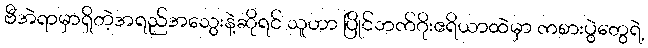
ဗီအဲရာမှာရှိတဲ့အရည်အသွေးနဲ့ဆိုရင် သူဟာ ပြိုင်ဘက်ဂိုးဧရိယာထဲမှာ ကစားပွဲတွေရဲ့